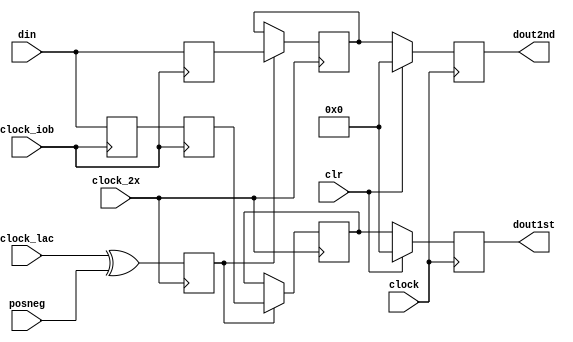
`timescale 1ns / 1ps
//------------------------------------------------------------------------------------------------------------------
//  1-to-2 De-multiplexer converts 80MHz data to 40MHz - ALCT Version
//------------------------------------------------------------------------------------------------------------------
//  07/10/2009  Initial  Copy from cfeb version, only difference is iob attribute is enabled in verilog, does not use ucf
//  07/22/2009  Remove posneg
//  08/05/2009  Remove interstage delay SRL and iob async clear, add final stage sync clear
//  08/13/2009  Put posneg back in
//  08/20/2009  2x posneg version with new ucf locs
//  07/19/2010  Conform to Virtex 6 ports
//  05/02/2013  Port from Virtex-2
//------------------------------------------------------------------------------------------------------------------
  module x_demux_ddr_alct_muonic
  (
    clock,
    clock_2x,
    clock_iob,
    clock_lac,
    posneg,
    clr,
    din,
    dout1st,
    dout2nd
  );

// Generic
  parameter WIDTH = 16;
  initial  $display("x_demux_ddr_alct_muonic: WIDTH=%d",WIDTH);

// Ports
  input              clock;     // 40MHz TMB main clock
  input              clock_2x;  // 80MHz commutator clock
  input              clock_iob; // 40MHZ iob ddr clock
  input              clock_lac; // 40MHz logic accessible clock
  input              posneg;    // Select inter-stage clock 0 or 180 degrees
  input              clr;       // Sync clear
  input  [WIDTH-1:0] din;       // 80MHz ddr data
  output [WIDTH-1:0] dout1st;   // Data de-multiplexed 1st in time
  output [WIDTH-1:0] dout2nd;   // Data de-multiplexed 2nd in time

// Latch 80 MHz multiplexed inputs in DDR IOB FFs in the clock_iob time domain
  reg    [WIDTH-1:0]  din1st=0;    // synthesis attribute IOB of din1st is "true";
  reg    [WIDTH-1:0]  din2nd=0;    // synthesis attribute IOB of din2nd is "true";    

  always @(negedge clock_iob) begin  // Latch 1st-in-time on falling edge
    din1st <= din;
  end
  
  always @(posedge clock_iob) begin  // Latch 2nd-in-time on rising edge
    din2nd <= din;
  end

// Delay 1st-in-time by 1/2 cycle to align with 2nd-in-time, in the clock_iob time domain
  reg   [WIDTH-1:0] din1st_ff=0;

  always @(posedge clock_iob) begin
    din1st_ff <= din1st;
  end

// Interstage clock enable latches data on rising or falling edge of main clock using clock_2x 
  reg  is_en=0;

  always @(posedge clock_2x)begin
    is_en <= clock_lac ^ posneg;
  end

// Latch demux data in inter-stage time domain
  reg [WIDTH-1:0]  din1st_is=0;
  reg [WIDTH-1:0]  din2nd_is=0;

  always @(posedge clock_2x) begin
    if (is_en) begin
      din1st_is <= din1st_ff;
      din2nd_is <= din2nd;
    end
  end

// Synchronize demux data in main clock time domain
  reg [WIDTH-1:0]  dout1st=0;
  reg [WIDTH-1:0]  dout2nd=0;

  always @(posedge clock) begin
    if (clr) begin
      dout1st <= 0;
      dout2nd <= 0;
    end
    else begin
      dout1st <= din1st_is;
      dout2nd <= din2nd_is;
    end
  end

//------------------------------------------------------------------------------------------------------------------
  endmodule
//------------------------------------------------------------------------------------------------------------------